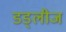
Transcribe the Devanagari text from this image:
डड्लीज